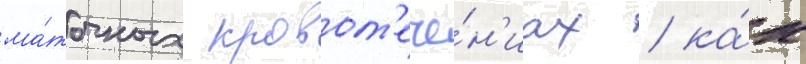
ма́точных кровот'ече́н'иах / ка́к